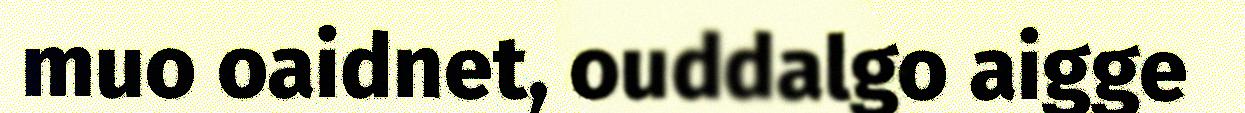
muo oaidnet, ouddalgo aigge